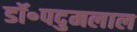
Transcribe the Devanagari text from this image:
डॉ॰पदुमलाल